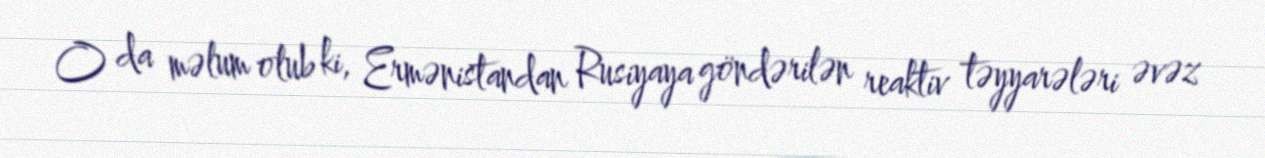
O da məlum olub ki, Ermənistandan Rusiyaya göndərilən reaktiv təyyarələri əvəz